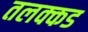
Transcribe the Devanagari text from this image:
तलक्कड